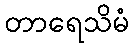
တာရေသိမံ